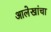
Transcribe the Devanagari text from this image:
आलेखांचा